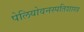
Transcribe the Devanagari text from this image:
पेलियोवनस्पतिशास्त्र